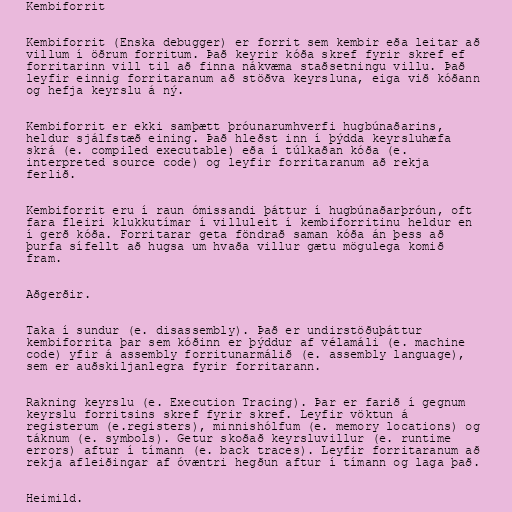
Kembiforrit

Kembiforrit (Enska debugger) er forrit sem kembir eða leitar að
villum í öðrum forritum. Það keyrir kóða skref fyrir skref ef
forritarinn vill til að finna nákvæma staðsetningu villu. Það
leyfir einnig forritaranum að stöðva keyrsluna, eiga við kóðann
og hefja keyrslu á ný.

Kembiforrit er ekki samþætt þróunarumhverfi hugbúnaðarins,
heldur sjálfstæð eining. Það hleðst inn í þýdda keyrsluhæfa
skrá (e. compiled executable) eða í túlkaðan kóða (e.
interpreted source code) og leyfir forritaranum að rekja
ferlið.

Kembiforrit eru í raun ómissandi þáttur í hugbúnaðarþróun, oft
fara fleiri klukkutímar í villuleit í kembiforritinu heldur en
í gerð kóða. Forritarar geta föndrað saman kóða án þess að
þurfa sífellt að hugsa um hvaða villur gætu mögulega komið
fram.

Aðgerðir.

Taka í sundur (e. disassembly). Það er undirstöðuþáttur
kembiforrita þar sem kóðinn er þýddur af vélamáli (e. machine
code) yfir á assembly forritunarmálið (e. assembly language),
sem er auðskiljanlegra fyrir forritarann.

Rakning keyrslu (e. Execution Tracing). Þar er farið í gegnum
keyrslu forritsins skref fyrir skref. Leyfir vöktun á
registerum (e.registers), minnishólfum (e. memory locations) og
táknum (e. symbols). Getur skoðað keyrsluvillur (e. runtime
errors) aftur í tímann (e. back traces). Leyfir forritaranum að
rekja afleiðingar af óvæntri hegðun aftur í tímann og laga það.

Heimild.